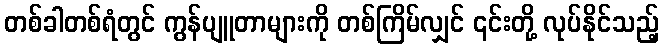
တစ်ခါတစ်ရံတွင် ကွန်ပျူတာများကို တစ်ကြိမ်လျှင် ၎င်းတို့ လုပ်နိုင်သည့်